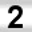
Digit: 2